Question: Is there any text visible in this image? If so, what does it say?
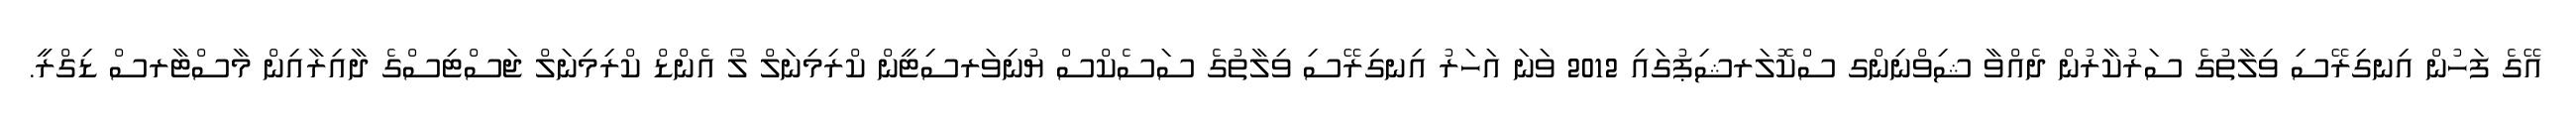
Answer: އޭގެ ފަހުން އިނގިރޭސި ވިލާތުގެ ސަރުކާރުން ދެއްވާ ޝިވްނިންގ ސްކޮލަރޝިޕުގައި 2012 ވަނަ އަހަރު އިނގިރޭސި ވިލާތުގެ ސަސެކްސް ޔުނިވަރސިޓީން ކްރިމިނަލް ލޯ އެންޑް ކްރިމިނަލް ޖަސްޓިސްގެ ދާއިރާއިން މާސްޓާރސް ޑިގްރީ.